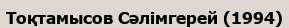
Тоқтамысов Сәлімгерей (1994)